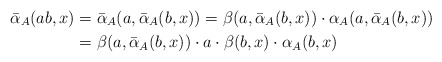
\begin{align*} \bar{\alpha}_A(ab, x)&=\bar{\alpha}_A(a, \bar{\alpha}_A(b, x))=\beta(a, \bar{\alpha}_A(b, x)) \cdot \alpha_{A}(a, \bar{\alpha}_A(b, x))\\ &=\beta(a, \bar{\alpha}_A(b, x)) \cdot a \cdot \beta(b, x) \cdot \alpha_{A}(b, x)\end{align*}